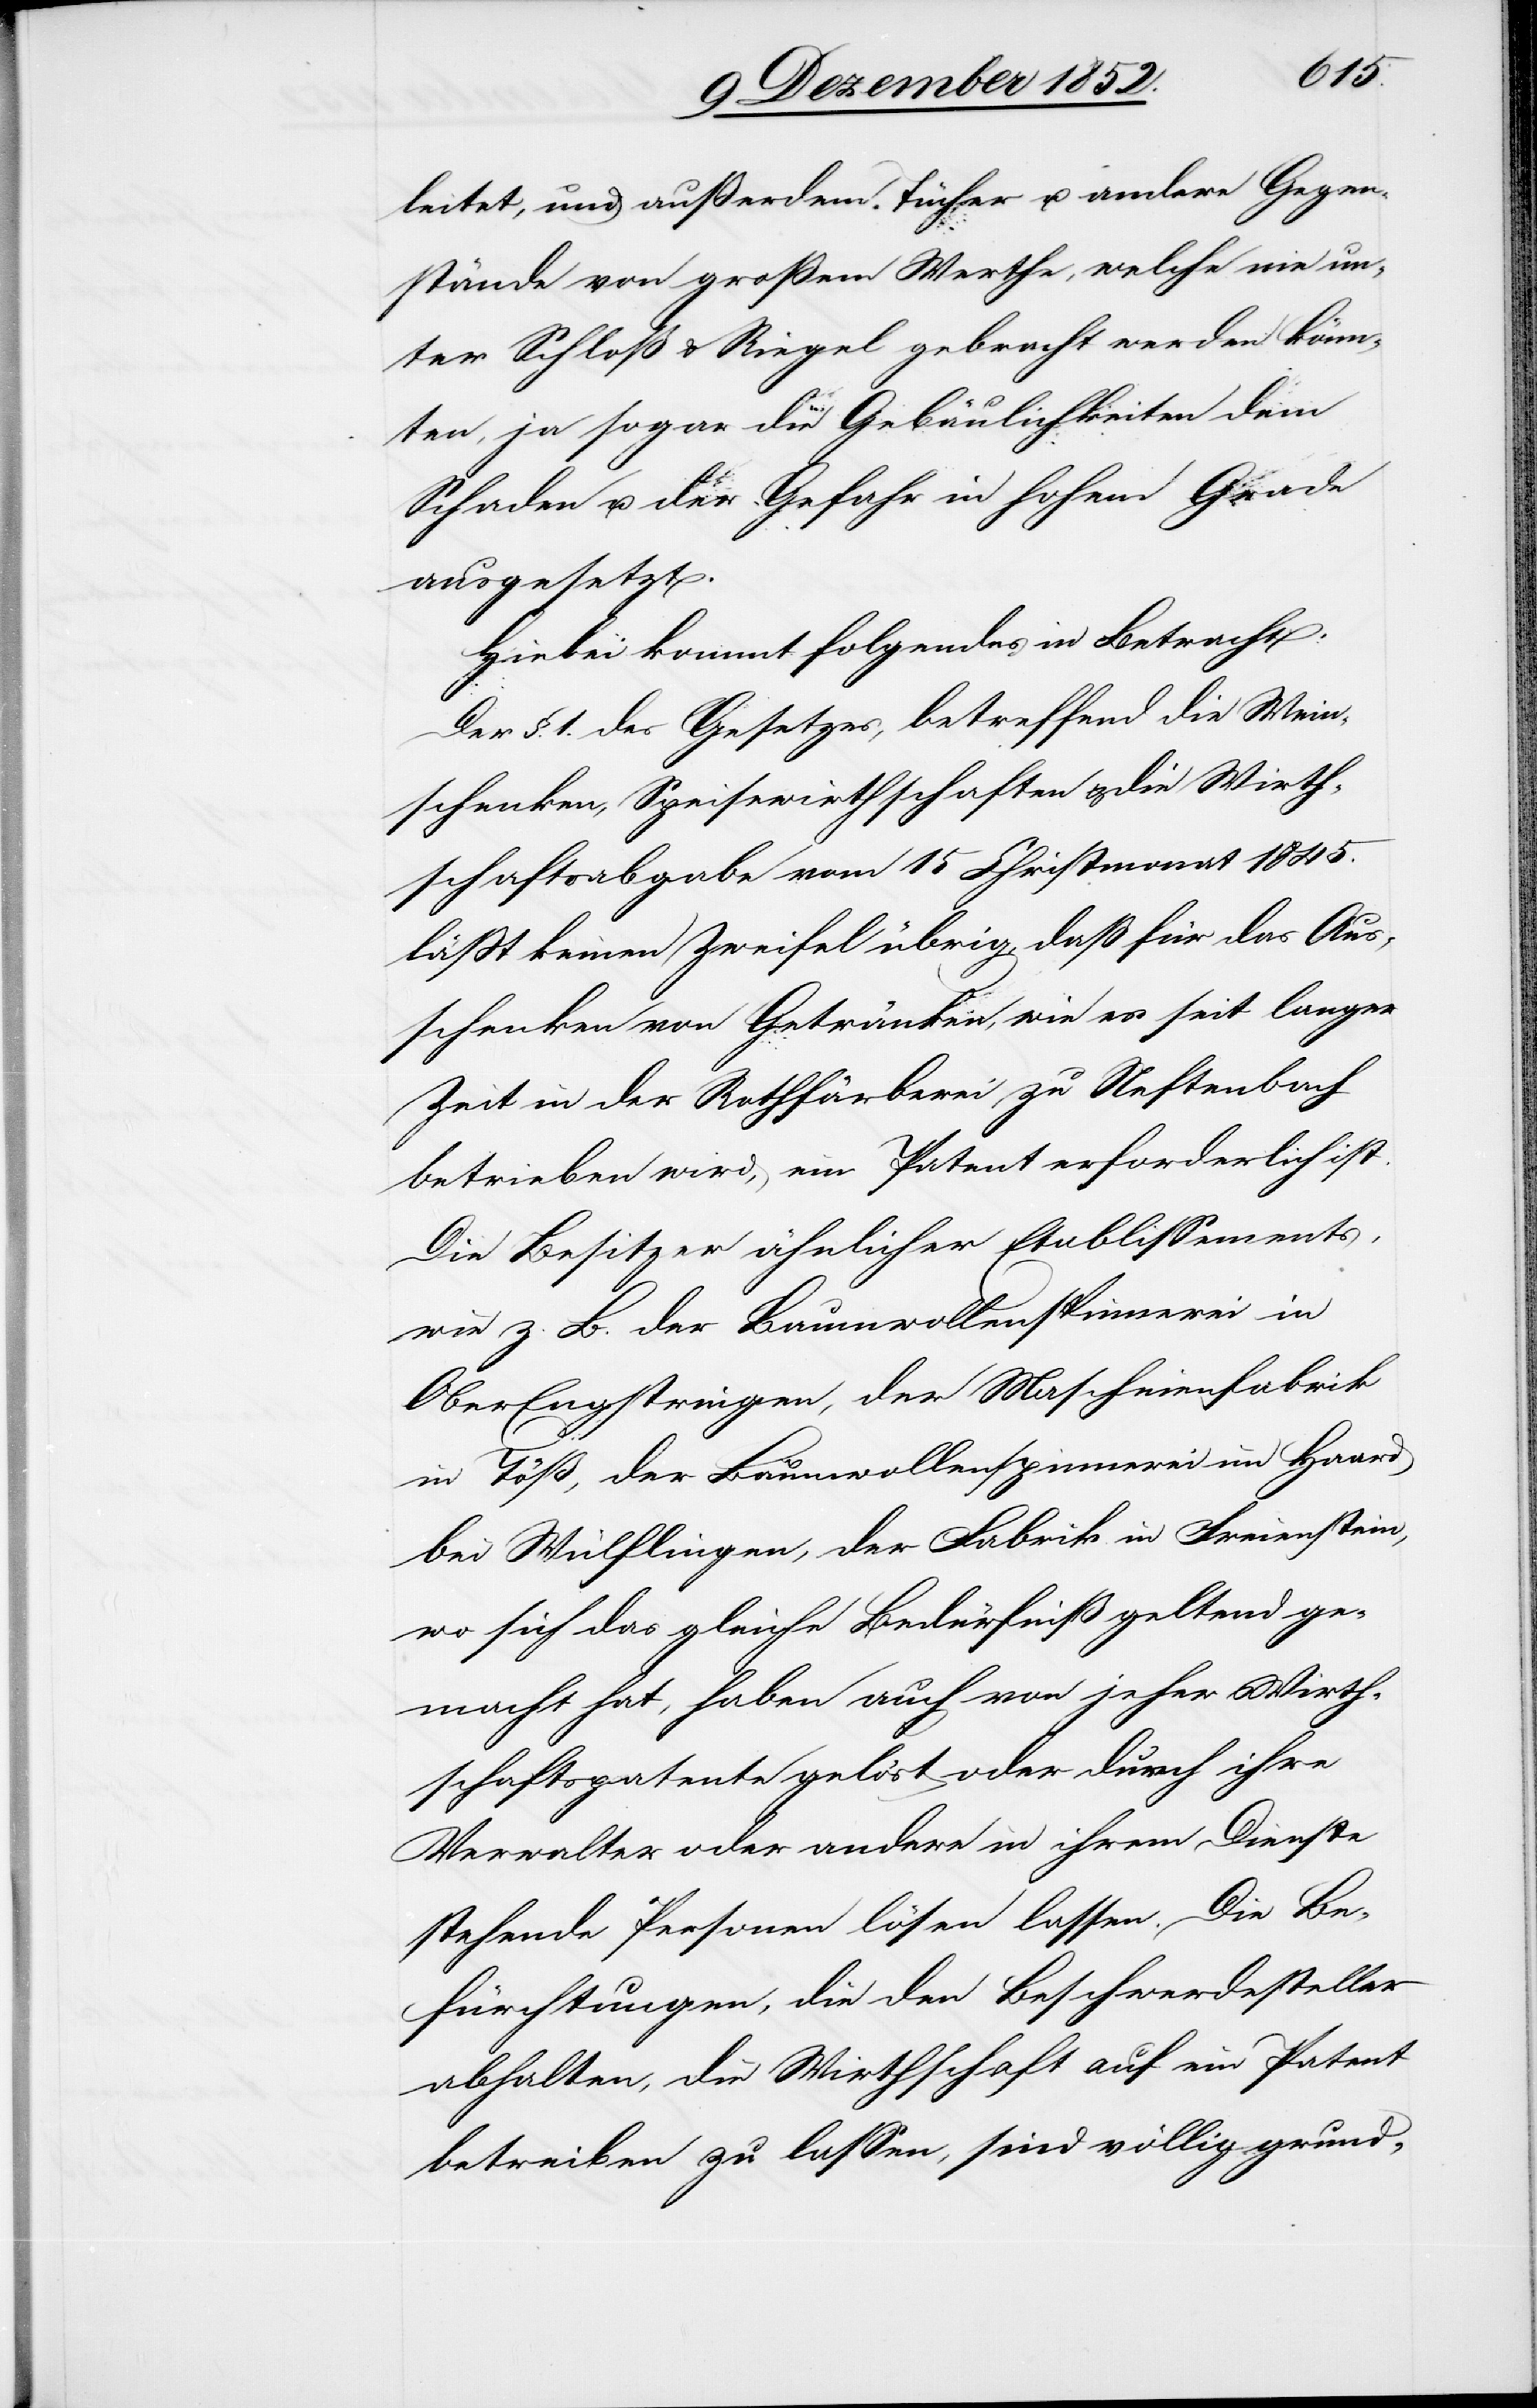
leitet, und außerdem Tücher u. andere Gegen¬
stände von großem Werthe, welche nie un¬
ter Schloß & Riegel gebracht werden könn¬
ten, ja sogar die Gebäulichkeiten dem
Schaden u. der Gefahr in hohem Grade
ausgesetzt.
Hiebei kommt folgendes in Betracht:
Der §. 1. des Gesetzes, betreffend die Wein¬
schenken, Speisewirthschaften & die Wirth¬
schaftsabgabe vom 15 Christmonat 1845.
läßt keinen Zweifel übrig, daß für das Aus¬
schenken von Getränken, wie es seit langer
Zeit in der Rothfärberei zu Neftenbach
betrieben wird, ein Patent erforderlich ist.
Die Besitzer ähnlicher Etablissements,
wie z. B. der Baumwollenspinnerei in
Ober Engstringen, der Maschinenfabrik
in Töß, der Baumwollenspinnerei im Haard
bei Wülflingen, der Fabrik in Freienstein,
wo sich das gleiche Bedürfniß geltend ge¬
macht hat, haben auch von jeher Wirth¬
schaftspatente gelöst oder durch ihre
Verwalter oder andere in ihrem Dienste
stehende Personen lösen lassen. Die Be¬
fürchtungen, die den Beschwerdesteller
abhalten, die Wirthschaft auf ein Patent
betreiben zu lassen, sind völlig grund-